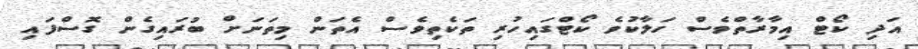
އަދި ކޯޓް އިމާރާތްވެސް ހަލާކުވެ ކޯޓްގައިހުރި ތަކެތިވެސް އެތަން މިތަނަށް ބުރައިގެން ގޮސްފައި